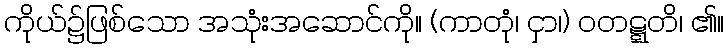
ကိုယ်၌ဖြစ်သော အသုံးအဆောင်ကို။ (ကာတုံ၊ ငှာ၊) ဝတဋ္ဋတိ၊ ၏။